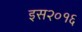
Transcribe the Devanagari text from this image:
इस२०१६